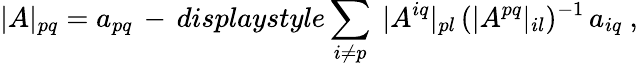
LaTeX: |A|_{pq}=a_{pq}\, -\, displaystyle\sum_{i\not=p}\ |A^{iq}|_{pl}\, (|A^{pq}|_{il})^{-1}\, a_{iq}\ ,